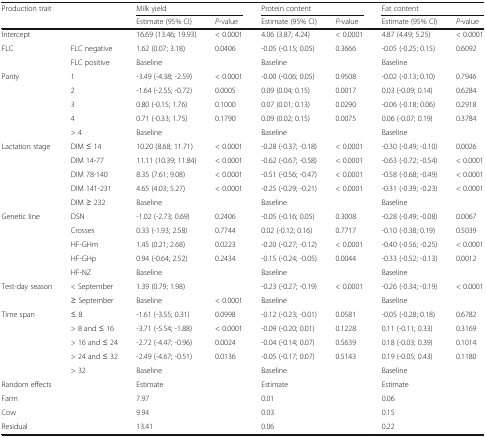
<table><thead><tr><td rowspan="2"><b>Production trait</b></td><td></td><td colspan="2"><b>Milk yield</b></td><td colspan="2"><b>Protein content</b></td><td colspan="2"><b>Fat content</b></td></tr><tr><td></td><td><b>Estimate (95% CI)</b></td><td><b><i>P</i>-value</b></td><td><b>Estimate (95% CI)</b></td><td><b><i>P</i>-value</b></td><td><b>Estimate (95% CI)</b></td><td><b><i>P</i>-value</b></td></tr></thead><tbody><tr><td>Intercept</td><td></td><td>16.69 (13.46; 19.93)</td><td>&lt; 0.0001</td><td>4.06 (3.87; 4.24)</td><td>&lt; 0.0001</td><td>4.87 (4.49; 5.25)</td><td>&lt; 0.0001</td></tr><tr><td>FLC</td><td>FLC negative</td><td>1.62 (0.07; 3.18)</td><td>0.0406</td><td>-0.05 (-0.15; 0.05)</td><td>0.3666</td><td>-0.05 (-0.25; 0.15)</td><td>0.6092</td></tr><tr><td></td><td>FLC positive</td><td>Baseline</td><td></td><td>Baseline</td><td></td><td>Baseline</td><td></td></tr><tr><td>Parity</td><td>1</td><td>-3.49 (-4.38; -2.59)</td><td>&lt; 0.0001</td><td>-0.00 (-0.06; 0.05)</td><td>0.9508</td><td>-0.02 (-0.13; 0.10)</td><td>0.7946</td></tr><tr><td></td><td>2</td><td>-1.64 (-2.55; -0.72)</td><td>0.0005</td><td>0.09 (0.04; 0.15)</td><td>0.0017</td><td>0.03 (-0.09; 0.14)</td><td>0.6284</td></tr><tr><td></td><td>3</td><td>0.80 (-0.15; 1.76)</td><td>0.1000</td><td>0.07 (0.01; 0.13)</td><td>0.0290</td><td>-0.06 (-0.18; 0.06)</td><td>0.2918</td></tr><tr><td></td><td>4</td><td>0.71 (-0.33; 1.75)</td><td>0.1790</td><td>0.09 (0.02; 0.15)</td><td>0.0075</td><td>0.06 (-0.07; 0.19)</td><td>0.3784</td></tr><tr><td></td><td>&gt; 4</td><td>Baseline</td><td></td><td>Baseline</td><td></td><td>Baseline</td><td></td></tr><tr><td>Lactation stage</td><td>DIM ≤ 14</td><td>10.20 (8.68; 11.71)</td><td>&lt; 0.0001</td><td>-0.28 (-0.37; -0.18)</td><td>&lt; 0.0001</td><td>-0.30 (-0.49; -0.10)</td><td>0.0026</td></tr><tr><td></td><td>DIM 14-77</td><td>11.11 (10.39; 11.84)</td><td>&lt; 0.0001</td><td>-0.62 (-0.67; -0.58)</td><td>&lt; 0.0001</td><td>-0.63 (-0.72; -0.54)</td><td>&lt; 0.0001</td></tr><tr><td></td><td>DIM 78-140</td><td>8.35 (7.61; 9.08)</td><td>&lt; 0.0001</td><td>-0.51 (-0.56; -0.47)</td><td>&lt; 0.0001</td><td>-0.58 (-0.68; -0.49)</td><td>&lt; 0.0001</td></tr><tr><td></td><td>DIM 141-231</td><td>4.65 (4.03; 5.27)</td><td>&lt; 0.0001</td><td>-0.25 (-0.29; -0.21)</td><td>&lt; 0.0001</td><td>-0.31 (-0.39; -0.23)</td><td>&lt; 0.0001</td></tr><tr><td></td><td>DIM ≥ 232</td><td>Baseline</td><td></td><td>Baseline</td><td></td><td>Baseline</td><td></td></tr><tr><td>Genetic line</td><td>DSN</td><td>-1.02 (-2.73; 0.69)</td><td>0.2406</td><td>-0.05 (-0.16; 0.05)</td><td>0.3008</td><td>-0.28 (-0.49; -0.08)</td><td>0.0067</td></tr><tr><td></td><td>Crosses</td><td>0.33 (-1.93; 2.58)</td><td>0.7744</td><td>0.02 (-0.12; 0.16)</td><td>0.7717</td><td>-0.10 (-0.38; 0.19)</td><td>0.5039</td></tr><tr><td></td><td>HF-GHm</td><td>1.45 (0.21; 2.68)</td><td>0.0223</td><td>-0.20 (-0.27; -0.12)</td><td>&lt; 0.0001</td><td>-0.40 (-0.56; -0.25)</td><td>&lt; 0.0001</td></tr><tr><td></td><td>HF-GHp</td><td>0.94 (-0.64; 2.52)</td><td>0.2434</td><td>-0.15 (-0.24; -0.05)</td><td>0.0044</td><td>-0.33 (-0.52; -0.13)</td><td>0.0012</td></tr><tr><td></td><td>HF-NZ</td><td>Baseline</td><td></td><td>Baseline</td><td></td><td>Baseline</td><td></td></tr><tr><td>Test-day season</td><td>&lt; September</td><td>1.39 (0.79; 1.98)</td><td></td><td>-0.23 (-0.27; -0.19)</td><td>&lt; 0.0001</td><td>-0.26 (-0.34; -0.19)</td><td>&lt; 0.0001</td></tr><tr><td></td><td>≥ September</td><td>Baseline</td><td>&lt; 0.0001</td><td>Baseline</td><td></td><td>Baseline</td><td></td></tr><tr><td>Time span</td><td>≤ 8</td><td>-1.61 (-3.55; 0.31)</td><td>0.0998</td><td>-0.12 (-0.23; -0.01)</td><td>0.0581</td><td>-0.05 (-0.28; 0.18)</td><td>0.6782</td></tr><tr><td></td><td>&gt; 8 and ≤ 16</td><td>-3.71 (-5.54; -1.88)</td><td>&lt; 0.0001</td><td>-0.09 (-0.20; 0.01)</td><td>0.1228</td><td>0.11 (-0.11; 0.33)</td><td>0.3169</td></tr><tr><td></td><td>&gt; 16 and ≤ 24</td><td>-2.72 (-4.47; -0.96)</td><td>0.0024</td><td>-0.04 (-0.14; 0.07)</td><td>0.5639</td><td>0.18 (-0.03; 0.39)</td><td>0.1014</td></tr><tr><td></td><td>&gt; 24 and ≤ 32</td><td>-2.49 (-4.67; -0.51)</td><td>0.0136</td><td>-0.05 (-0.17; 0.07)</td><td>0.5143</td><td>0.19 (-0.05; 0.43)</td><td>0.1180</td></tr><tr><td></td><td>&gt; 32</td><td>Baseline</td><td></td><td>Baseline</td><td></td><td>Baseline</td><td></td></tr><tr><td>Random effects</td><td></td><td>Estimate</td><td></td><td>Estimate</td><td></td><td>Estimate</td><td></td></tr><tr><td>Farm</td><td></td><td>7.97</td><td></td><td>0.01</td><td></td><td>0.06</td><td></td></tr><tr><td>Cow</td><td></td><td>9.94</td><td></td><td>0.03</td><td></td><td>0.15</td><td></td></tr><tr><td>Residual</td><td></td><td>13.41</td><td></td><td>0.06</td><td></td><td>0.22</td><td></td></tr></tbody></table>